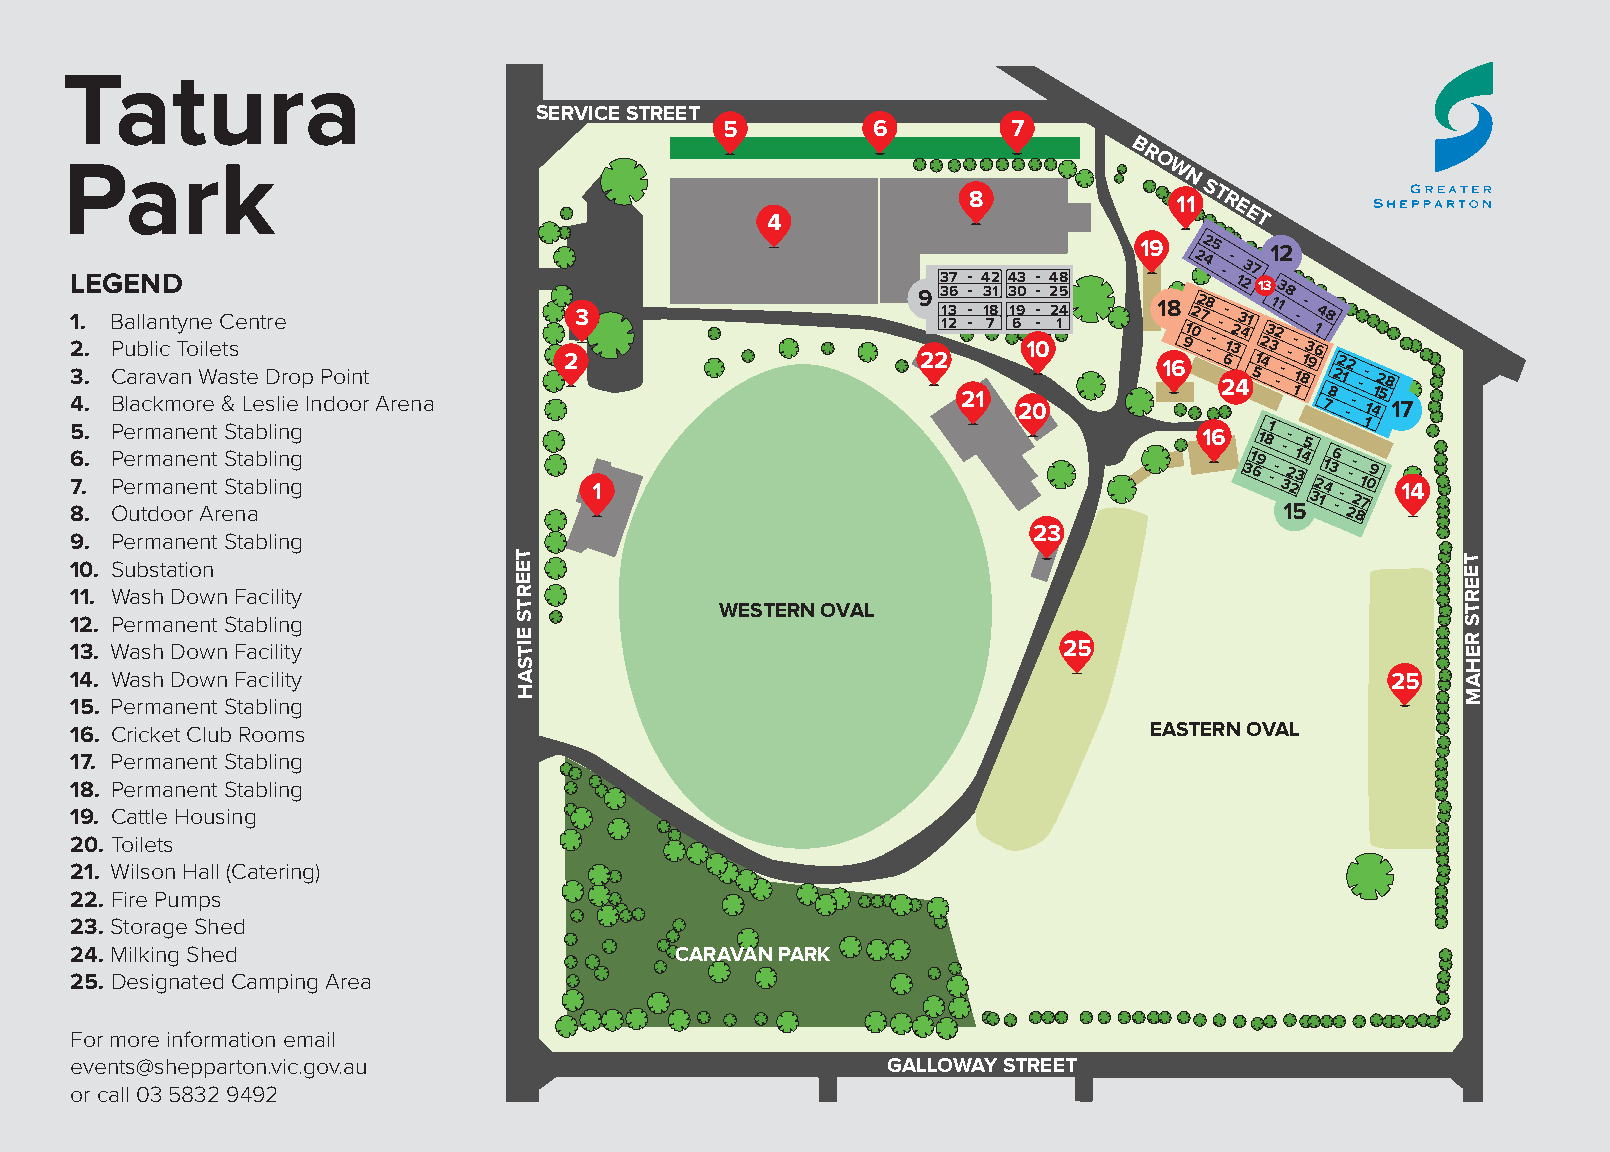
Tatura
 SERVICE STREET
 5         6        7
 B
 Park                                                                    R O
 W
 N
 4
 8
 11ST
 REET
 19  25   12
 LEGEND
 9
 33 67 -
 -
 4 32
 1
 34 03 -
 -
 248
 5
 24 --
 1237
 1338
 1
 2
 3.
 ..
 B
 P
 Cua abl rl aa
 li
 vn
 c
 a
 t Ty non Wie
 le
 aC
 ts
 se ten t Dre
 rop Point
 23                      2211 23 - - 1 78 1 69 10- - 2 14 1 18 691022 78 ---
 6
 2-
 132
 43 41
 512 43
 31
 2
 -1
 ---
 1- 81-
 3 91
 648
 22 12 --
 28
 4. Blackmore & Leslie Indoor Arena                         21 20                1 78 -- 1415 17
 5. Permanent Stabling                                                      16 181 --
 5
 1
 6
 7 8.
 .. P
 P
 Oe
 e
 ur
 r
 tm
 m
 doa
 a
 on
 n
 re
 e
 n
 n
 At
 t
 r
 eS
 S
 nt ta
 a
 ab
 b
 l li in ng
 g                   1
 31 69 --
 3
 12
 2
 5314
 32
 14136
 --
 2- 2- 87109
 14
 23
 9. Permanent Stabling
 10. Substation               T E                                                            T E
 E                                                              E
 11. Wash Down Facility       R                                                              R
 T             WESTERN OVAL                                     T
 12. Permanent Stabling       S                                                              S
 13. Wash Down Facility       E IT                                25                         R E
 S                                                              H
 14. Wash Down Facility       A                                                         25   A
 H                                                              M
 15. Permanent Stabling
 16. Cricket Club Rooms                                                 EASTERN OVAL
 17. Permanent Stabling
 18. Permanent Stabling
 19. Cattle Housing
 20. Toilets
 21. Wilson Hall (Catering)
 22. Fire Pumps
 23. Storage Shed
 24. Milking Shed                        CARAVAN PARK
 25. Designated Camping Area
 For more information email
 events@shepparton.vic.gov.au                          GALLOWAY STREET
 or call 03 5832 9492